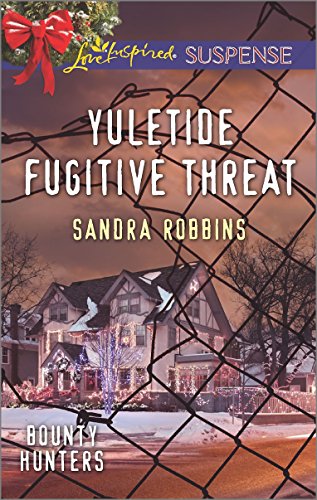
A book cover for Yuletide Fugitive Threat (Bounty Hunters); Sandra Robbins; Romance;